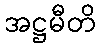
အဋ္ဌမီတိ